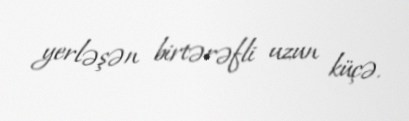
yerləşən birtərəfli uzun küçə.